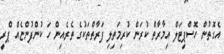
އެގޮތުން ހޮސްޕިޓަލް އިމާރާތް ކުރަން ކުރިމަތިލި ފަރާތްތަކުގެ ތެރެއިން ހަ ކުންފުންޏެއް ޕްރީ